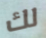
لك